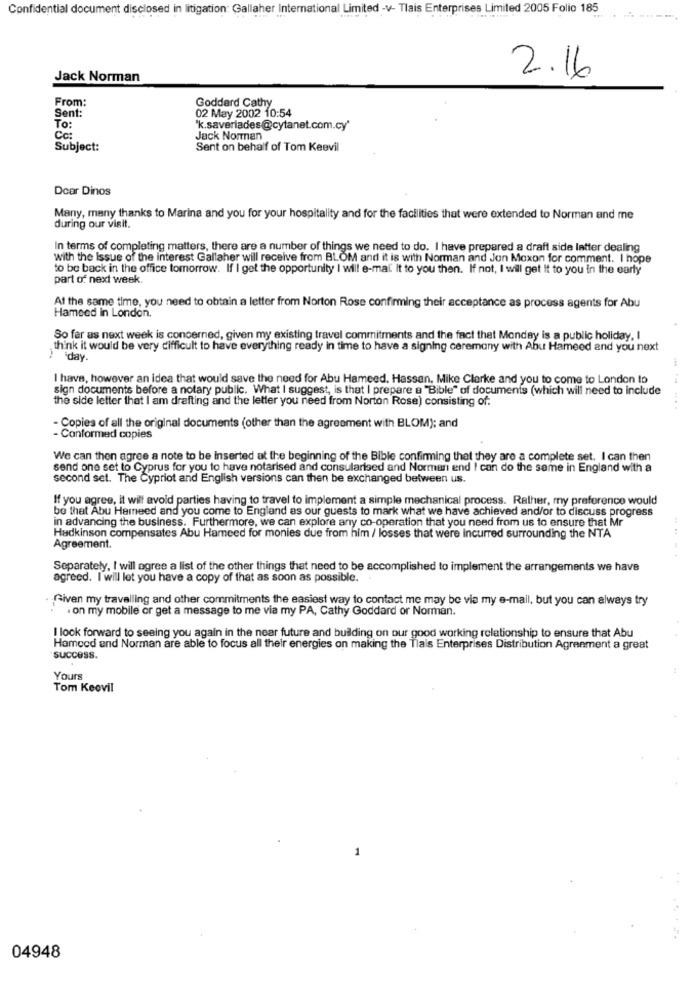
Confidential document disclosed in litigation: Gallaher International Limited -v- Tlais Enterprises Limited 2005 Folio 185
2.16
Jack Norman
From:
Goddard Cathy
Sent:
02 May 2002 10:54
To:
'k.saverlades@cytanet.com.cy'
Cc:
Jack Norman
Subject:
Sent on behalf of Tom Keevil
Dear Dinos
Many, many thanks to Marina and you for your hospitality and for the facilities that were extended to Norman and me
during our visit.
In terms of completing matters, there are a number of things we need to do. I have prepared a draft side latter dealing
with the Issue of the interest Gallaher will receive from BLOM and it is with Norman and Jon Moxon for comment. I hope
to be back in the office tomorrow. If I get the opportunity I will e-mal. It to you then. If not, I will get it to you in the early
part of next week.
At the same time, you need to obtain a letter from Norton Rose confirming their acceptance as process agents for Abu
Hameed in London.
So far as next week is concerned, given my existing travel commitments and the fact that Monday is a public holiday, I
think it would be very difficult to have everything ready in time to have a signing ceremony with Abu Hameed and you next
iday.
I have, however an idea that would save the need for Abu Hameed. Hassan, Mike Clarke and you to come to London to
sign documents before a notary public. What I suggest, is that I prepare a "Bible" of documents (which will need to include
the side letter that I am drafting and the letter you need from Norton Rose) consisting of:
- Copies of all the original documents (other than the agreement with BLOM); and
- Conformed copies
We can then agree a note to be inserted at the beginning of the Bible confirming thet they are a complete set. I can then
send one set to Cyprus for you to have notarised and consularised and Norman end I can do the same in England with a
second set. The Cypriot and English versions can then be exchanged between us.
If you agree, it will avoid parties having to travel to implement a simple mechanical process. Rather, my preference would
be that Abu Hamneed and you come to England as our guests to mark what we have achieved and/or to discuss progress
in advancing the business. Furthermore, we can explore any co-operation that you need from us to ensure that Mr
Hadkinson compensates Abu Hameed for monies due from him / losses that were Incurred surrounding the NTA
Agreement.
Separately, I will agree a list of the other things that need to be accomplished to implement the arrangements we have
agreed. I will let you have a copy of that as soon as possible.
Given my travelling and other commitments the easiest way to contact me may be via my e-mail, but you can always try
. on my mobile or get a message to me via my PA, Cathy Goddard or Norman.
I look forward to seeing you again in the near future and building on our good working relationship to ensure that Abu
Hameed and Norman are able to focus all their energies on making the Tlais Enterprises Distribution Agreement a great
success.
Yours
Tom Keovil
1
04948